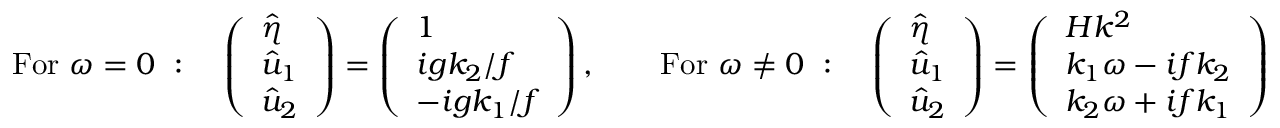
\mathrm { F o r } \ \omega = 0 \ : \quad \left( \begin{array} { l } { \hat { \eta } } \\ { \hat { u } _ { 1 } } \\ { \hat { u } _ { 2 } } \end{array} \right) = \left( \begin{array} { l } { 1 } \\ { i g k _ { 2 } / f } \\ { - i g k _ { 1 } / f } \end{array} \right) , \qquad \mathrm { F o r } \ \omega \neq 0 \ : \quad \left( \begin{array} { l } { \hat { \eta } } \\ { \hat { u } _ { 1 } } \\ { \hat { u } _ { 2 } } \end{array} \right) = \left( \begin{array} { l } { H k ^ { 2 } } \\ { k _ { 1 } \omega - i f k _ { 2 } } \\ { k _ { 2 } \omega + i f k _ { 1 } } \end{array} \right)